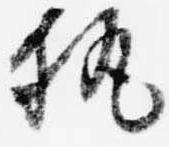
執